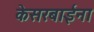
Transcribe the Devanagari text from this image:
केसरबाईंना